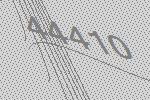
44410